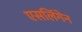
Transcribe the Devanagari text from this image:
एसलिंगेन